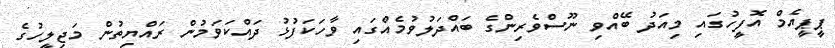
ޕީޕީއެމް އޮފީހުގައި މިއަދު ބޭއްވި ނޫސްވެރިންގެ ބައްދަލުވުމެއްގައި ވާހަކަފުޅު ދައްކަވަމުން ރައްޔިތުން މަޖިލީހުގެ